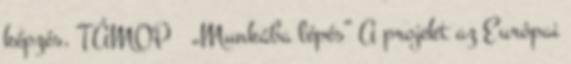
képzés. TÁMOP „Munkába lépés” A projekt az Európai